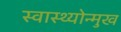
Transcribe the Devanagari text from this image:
स्वास्थ्योन्मुख